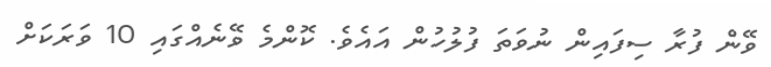
ވޭން ފުރާ ސިފައިން ނުވަތަ ފުލުހުން އައެވެ. ކޮންމެ ވޭނެއްގައި 10 ވަރަކަށް